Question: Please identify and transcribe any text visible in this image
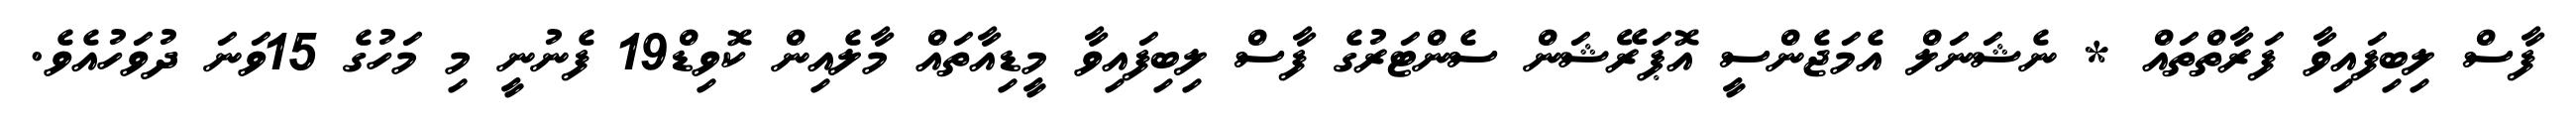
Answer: ފާސް ލިބިފައިވާ ފަރާތްތައް * ނެޝަނަލް އެމަޖެންސީ އޮޕަރޭޝަން ސެންޓަރުގެ ފާސް ލިބިފައިވާ މީޑިއާތައް މާލެއިން ކޮވިޑް19 ފެނުނީ މި މަހުގެ 15ވަނަ ދުވަހުއެވެ.